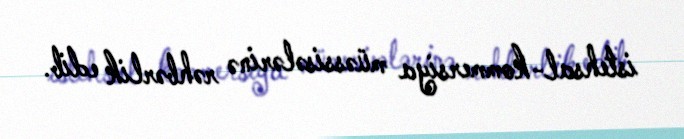
istehsal-kommersiya müəssisələrinə rəhbərlik edib.